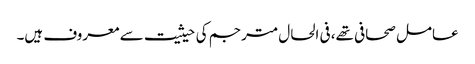
عامل صحافی تھے، فی الحال مترجم کی حیثیت سے معروف ہیں۔